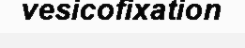
vesicofixation